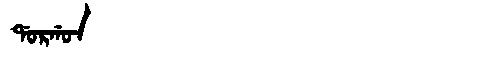
Manchu: ᡩᠣᡵᡤᠣᠨ
Romanization: DORGON